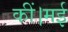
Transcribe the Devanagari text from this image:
कीं।मई